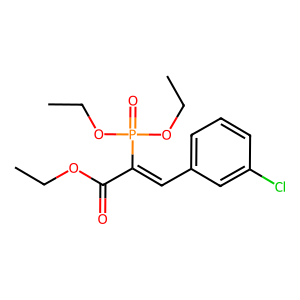
SMILES: CCOC(=O)C(=Cc1cccc(Cl)c1)P(=O)(OCC)OCC
Inhibits HIV replication: No